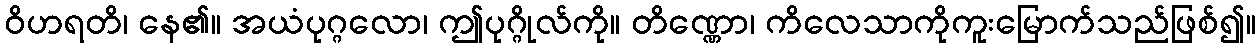
ဝိဟရတိ၊ နေ၏။ အယံပုဂ္ဂလော၊ ဤပုဂ္ဂိုလ်ကို။ တိဏ္ဏော၊ ကိလေသာကိုကူးမြောက်သည်ဖြစ်၍။